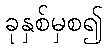
ခုနှစ်မှစ၍